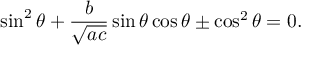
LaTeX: \sin ^ { 2 } \theta + { \frac { b } { \sqrt { a c } } } \sin \theta \cos \theta \pm \cos ^ { 2 } \theta = 0 .